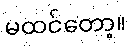
မထင်တော့။